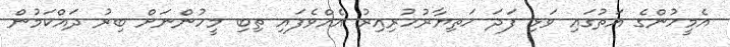
އެމީހުންގެ އަތުގައި ވަޅި ފަދަ ހަތިޔާރުހުރިއިރު އެއްވެފައި ތިބި މީހުންނަށް ބިރު ދައްކަމުން